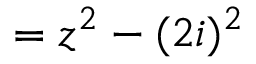
= z ^ { 2 } - ( 2 i ) ^ { 2 }